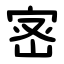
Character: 宻